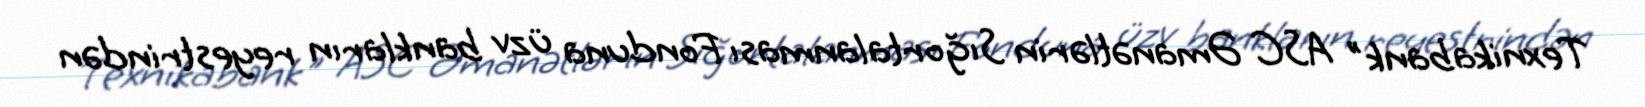
Texnikabank" ASC Əmanətlərin Sığortalanması Fonduna üzv bankların reyestrindən